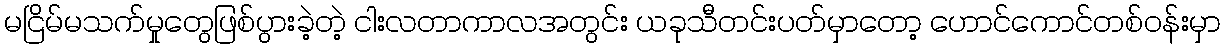
မငြိမ်မသက်မှုတွေဖြစ်ပွားခဲ့တဲ့ ငါးလတာကာလအတွင်း ယခုသီတင်းပတ်မှာတော့ ဟောင်ကောင်တစ်ဝန်းမှာ